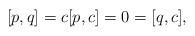
LaTeX: \begin{align*} [p,q] =c [p,c] = 0 = [q,c], \end{align*}